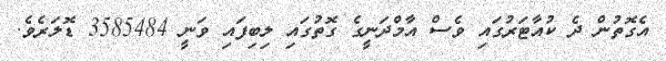
އެގޮތުން ދެ ކުއާޓަރުގައި ވެސް އާމްދަނީގެ ގޮތުގައި ލިބިފައި ވަނީ 3585484 ޑޮލަރެވެ.